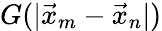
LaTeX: G(|\vec{x}_{m}-\vec{x}_{n}|)